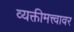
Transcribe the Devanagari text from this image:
व्यक्तीमत्त्वावर